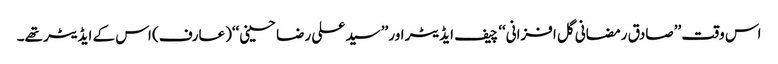
اس وقت ’’صادق رمضانی گل افزانی‘‘ چیف ایڈیٹر اور ’’سید علی رضا حسینی‘‘(عارف) اس کے ایڈیٹر تھے۔